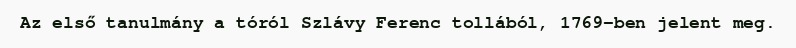
Az első tanulmány a tóról Szlávy Ferenc tollából, 1769-ben jelent meg.